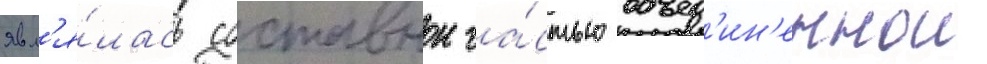
явл'я́лась составнои ча́стью объед'ин'еннои